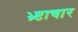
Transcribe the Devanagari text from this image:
भ्र्ष्टाचार